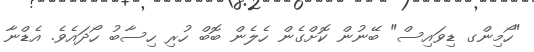
"ހޯމިންގ ޑިވައިސް" ބޭނުން ކޮށްގެން ހެލެން ބޮބް ހުރި ހިސާބު ހޯދައެވެ. އެޑްނާ